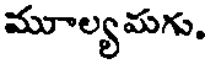
మూల్యమగు,